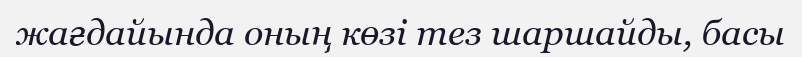
жағдайында оның көзі тез шаршайды, басы